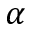
\alpha